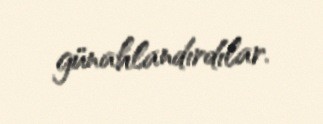
günahlandırdılar.